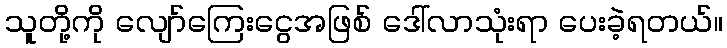
သူတို့ကို လျော်ကြေးငွေအဖြစ် ဒေါ်လာသုံးရာ ပေးခဲ့ရတယ်။